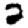
Digit: 2